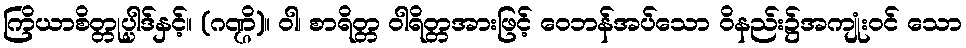
ကြိယာစိတ္တုပ္ပါဒ်နှင့်။ (ဂဏ္ဌိ)။ ဝါ၊ စာရိတ္တ ဝါရိတ္တအားဖြင့် ဝေဘန်အပ်သော ဝိနည်း၌အကျုံးဝင် သော